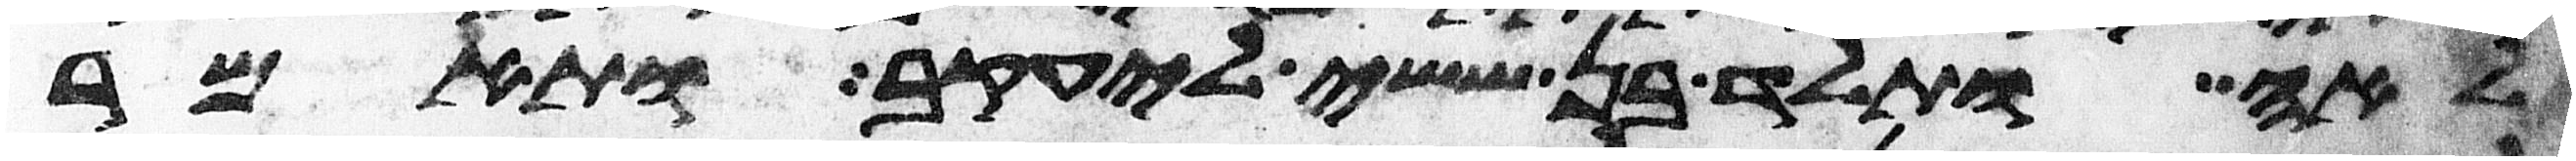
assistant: לאה ותלד בן ששי ליעקב ותאמר